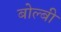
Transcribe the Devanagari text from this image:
बोल्बी